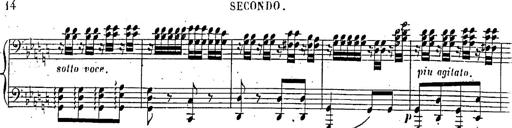
Title: Marche et Cavatine de Lucie de Lammermoor, S.398
Composer: Franz Liszt